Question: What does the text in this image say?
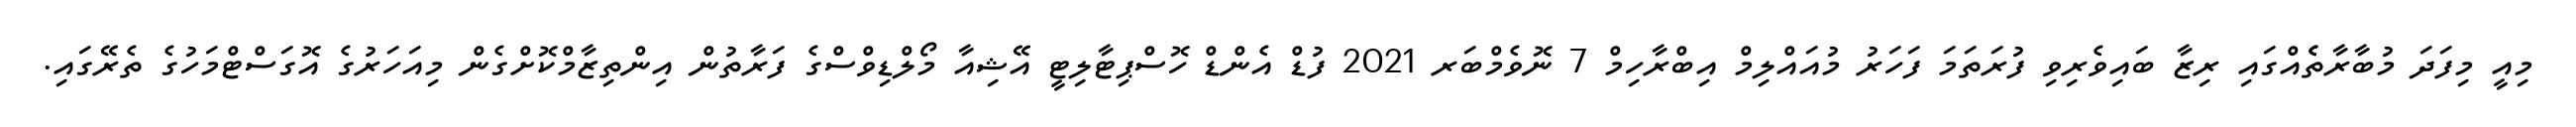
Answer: މިއީ މިފަދަ މުބާރާތެެއްގައި ރިޒާ ބައިވެރިވި ފުރަތަމަ ފަހަރު މުއައްލިމް އިބްރާހިމް 7 ނޮވެމްބަރ 2021 ފުޑް އެންޑް ހޮސްޕިޓާލިޓީ އޭޝިއާ މޯލްޑިވްސްގެ ފަރާތުން އިންތިޒާމްކޮށްގެން މިއަހަރުގެ އޮގަސްޓްމަހުގެ ތެރޭގައި.